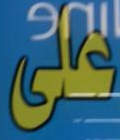
على